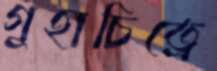
গুহাচিত্রে